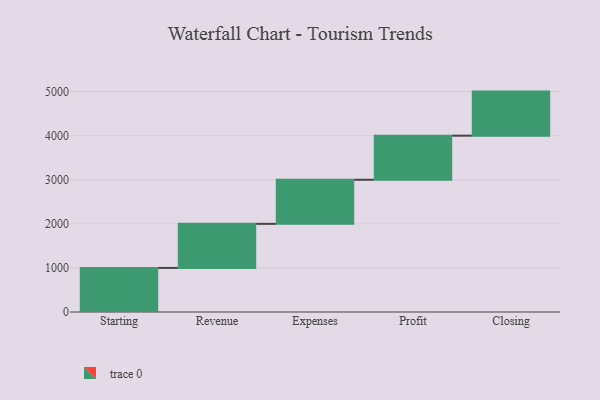
{"axis": {"x": "Step", "y": "Value"}, "legend": [""], "data": [{"x": "Starting", "y": 1000, "type": ""}, {"x": "Revenue", "y": 1000, "type": ""}, {"x": "Expenses", "y": 1000, "type": ""}, {"x": "Profit", "y": 1000, "type": ""}, {"x": "Closing", "y": 1000, "type": ""}]}